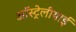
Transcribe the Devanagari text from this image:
ऑस्ट्रेलीयाई